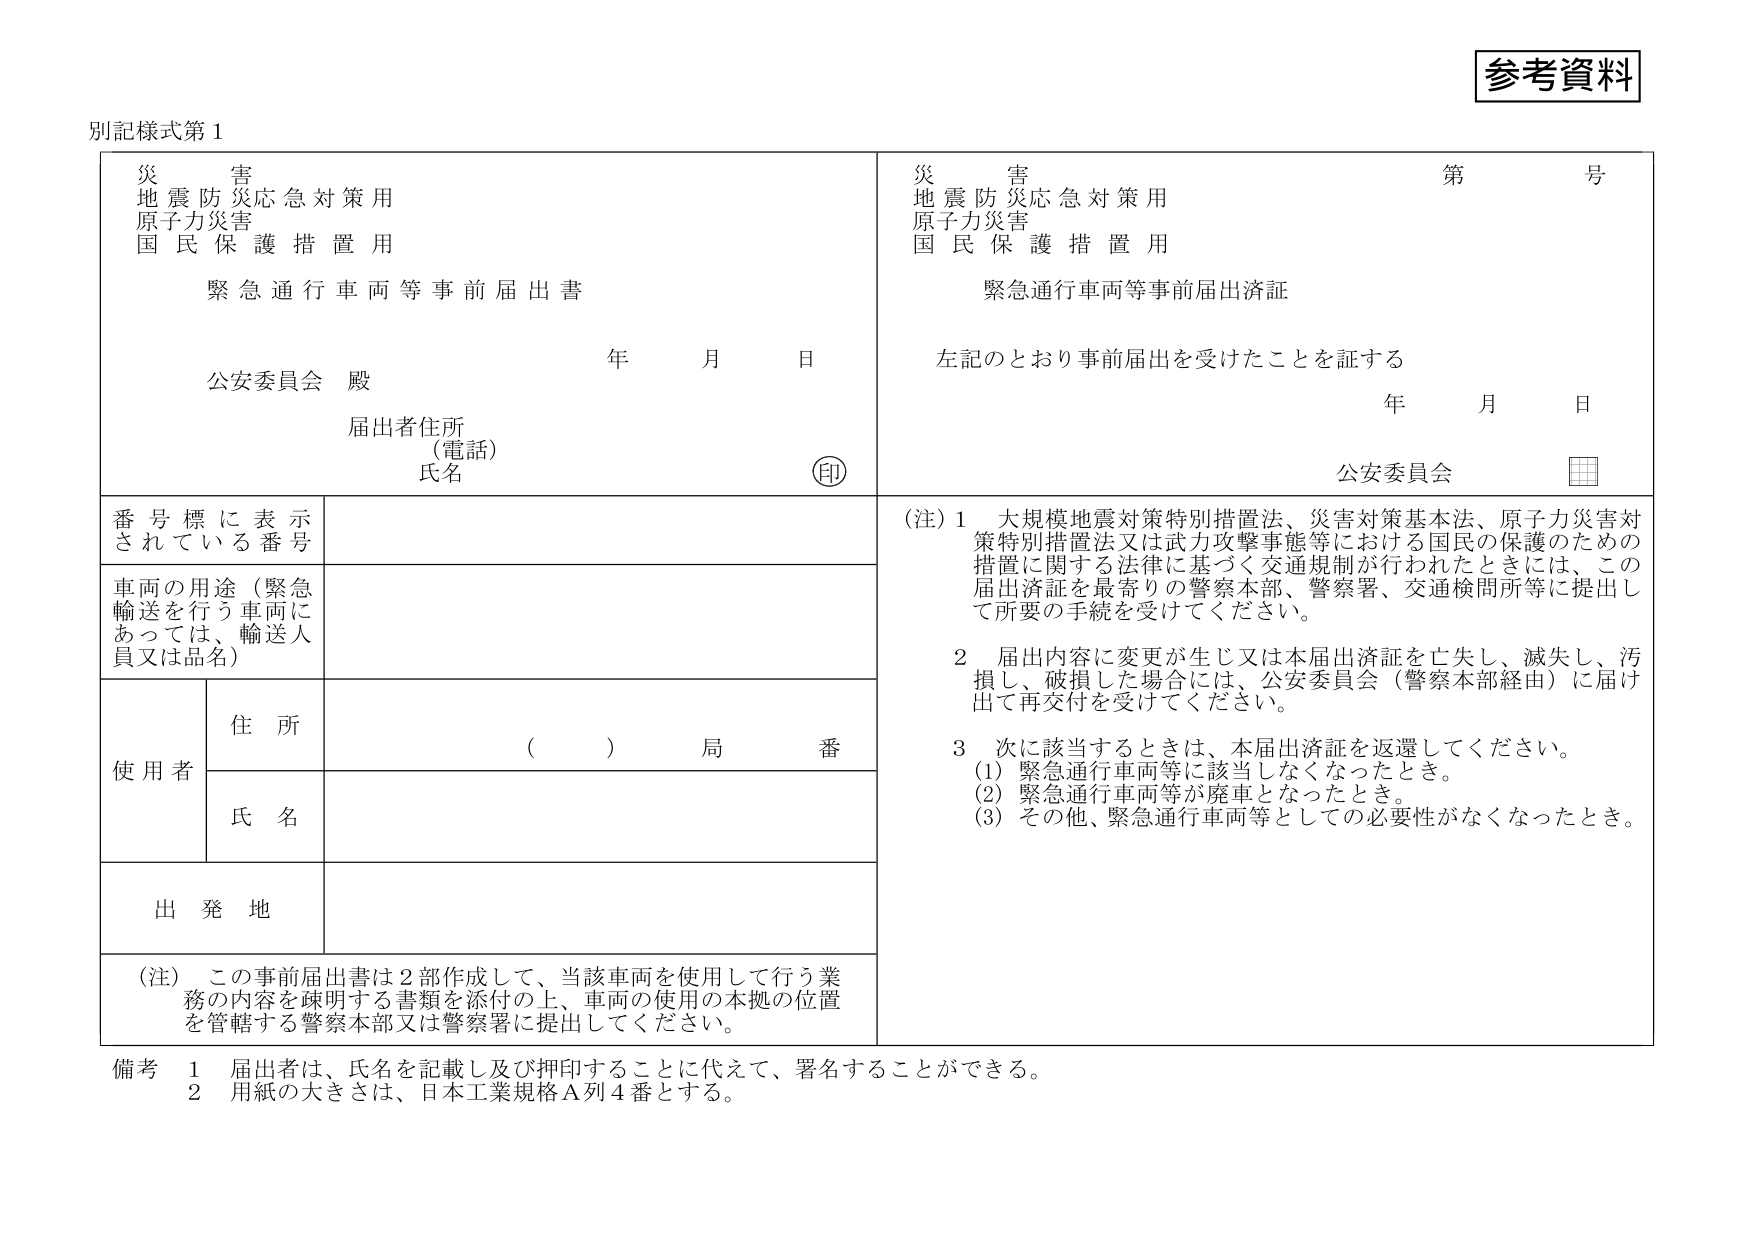
参考資料

別記様式第１

災害
地震防災応急対策用
原子力災害
国民保護措置用

緊急通行車両等事前届出書

公安委員会 殿

年 月 日

届出者住所
（電話）
氏名
㊞

災害
地震防災応急対策用
原子力災害
国民保護措置用

緊急通行車両等事前届出済証

左記のとおり事前届出を受けたことを証する

年 月 日

公安委員会
□□

番号標に表示
されている番号

車両の用途（緊急
輸送を行う車両に
あっては、輸送人
員又は品名）

使用者
住所
（　　）局番
氏名

出発地

（注）この事前届出書は２部作成して、当該車両を使用して行う業
務の内容を疎明する書類を添付の上、車両の使用の本拠の位置
を管轄する警察本部又は警察署に提出してください。

（注）１　大規模地震対策特別措置法、災害対策基本法、原子力災害対
策特別措置法又は武力攻撃事態等における国民の保護のための
措置に関する法律に基づく交通規制が行われたときには、この
届出済証を最寄りの警察本部、警察署、交通検問所等に提出し
て所要の手続を受けてください。

２　届出内容に変更が生じ又は本届出済証を亡失し、滅失し、汚
損し、破損した場合には、公安委員会（警察本部経由）に届け
出て再交付を受けてください。

３　次に該当するときは、本届出済証を返還してください。
（1）緊急通行車両等に該当しなくなったとき。
（2）緊急通行車両等が廃車となったとき。
（3）その他、緊急通行車両等としての必要性がなくなったとき。

備考　１　届出者は、氏名を記載し及び押印することに代えて、署名することができる。
　　　２　用紙の大きさは、日本工業規格Ａ列４番とする。